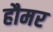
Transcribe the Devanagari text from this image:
हौमर